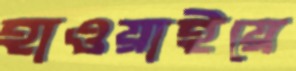
হাওয়াইয়ে